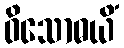
ဝိသောဓယိံ